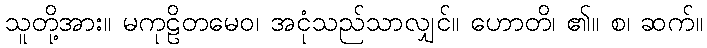
သူတို့အား။ မကုဠိတမေဝ၊ အငုံသည်သာလျှင်။ ဟောတိ၊ ၏။ စ၊ ဆက်။